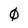
Character: 0